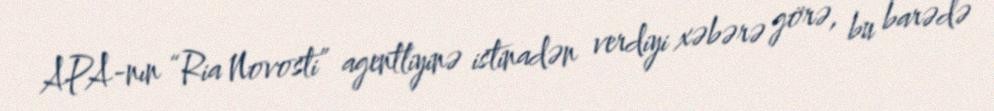
APA-nın “Ria Novosti” agentliyinə istinadən verdiyi xəbərə görə, bu barədə